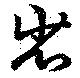
省